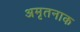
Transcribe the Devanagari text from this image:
अमृतनाक